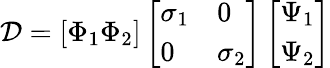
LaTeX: \mathcal{D}=[\Phi_{1}\Phi_{2}]\left[\begin{array}{ll}{\sigma_{1}}&{0}\\ {0}&{\sigma_{2}}\end{array}\right]\left[\begin{array}{l}{\Psi_{1}}\\ {\Psi_{2}}\end{array}\right]